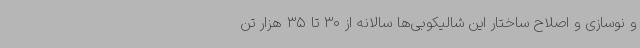
و نوسازی و اصلاح ساختار این شالیکوبی‌ها سالانه از 30 تا 35 هزار تن